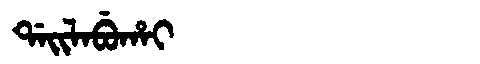
Manchu: ᡩᠠᡳᠯᠠᠪᡠᡥᠠᡳ
Romanization: DAILABUHAI